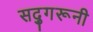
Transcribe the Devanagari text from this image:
सद्गुरूनी